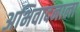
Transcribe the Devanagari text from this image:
अभिवादनाला